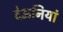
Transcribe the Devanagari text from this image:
देऊनियां